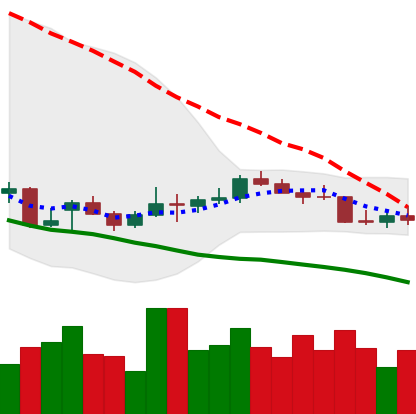
Ticker: LTC-USD
Chart end date: 2021-12-31
Forward return: -7.116%
Label: down_7plus